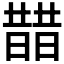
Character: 𣊣